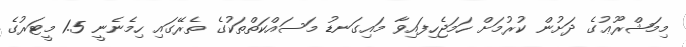
މިމަޝްރޫޢުގެ ދަށުން ކުރުމަށް ހަމަޖެހިފައިވާ މައިގަނޑު މަސައްކަތްތަކުގެ ތެރޭގައި ހިމެނެނީ 1.5 މީޓަރުގެ